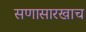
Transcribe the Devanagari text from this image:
सणासारखाच